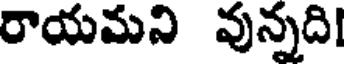
రాయమని వున్నది!